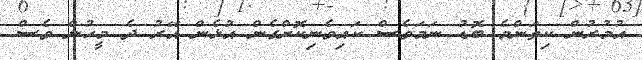
އުމުރުން ކިތަންމެ ބޮޑު ނަމަވެސް ކައިވެނިކޮށްގެން އުޅެން އޭރު ދެ މީހުން ވެސް